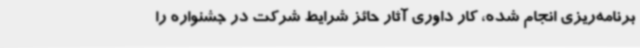
برنامه‌ریزی انجام شده، کار داوری آثار حائز شرایط شرکت در جشنواره را